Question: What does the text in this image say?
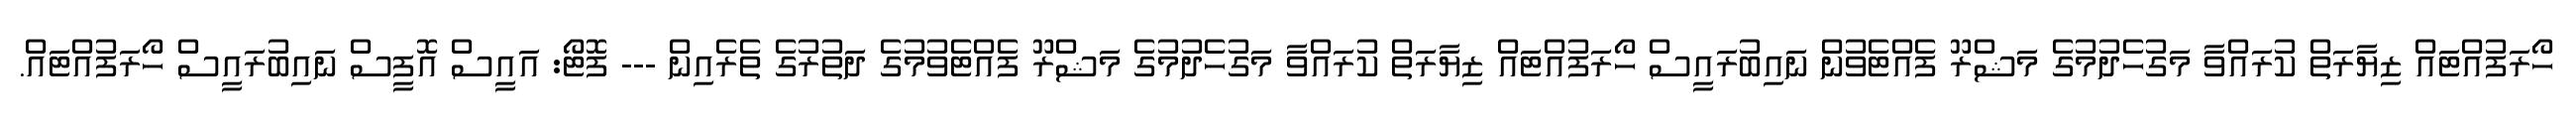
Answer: ހޯރަފުއްޓައް ޒިޔާރަތް ކުރައްވާ މަގުހެދުމުގެ މަޝްރޫ ފެއްޓެވުން ނައިބުރައީސް ހޯރަފުއްޓައް ޒިޔާރަތް ކުރައްވާ މަގުހެދުމުގެ މަޝްރޫ ފެއްޓެވުމުގެ ދަތުރުގެ ތެރެއިން --- ފޮޓޯ: އައީސް އޮފީސް ނައިބުރައީސް ހޯރަފުއްޓައް.